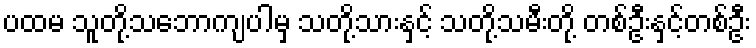
ပထမ သူတို့သဘောကျပါမှ သတို့သားနှင့် သတို့သမီးတို့ တစ်ဦးနှင့်တစ်ဦး